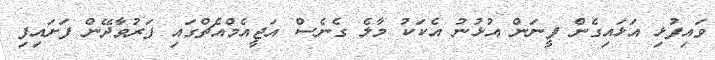
ވައިފުޅި އަޅައިގެން ފީނަން އުޅުނު އެކަކު މާލެ ގެނެސް އަޖީއެމްއެޗްގައި ފަރުވާދޭން ފަށައިފި